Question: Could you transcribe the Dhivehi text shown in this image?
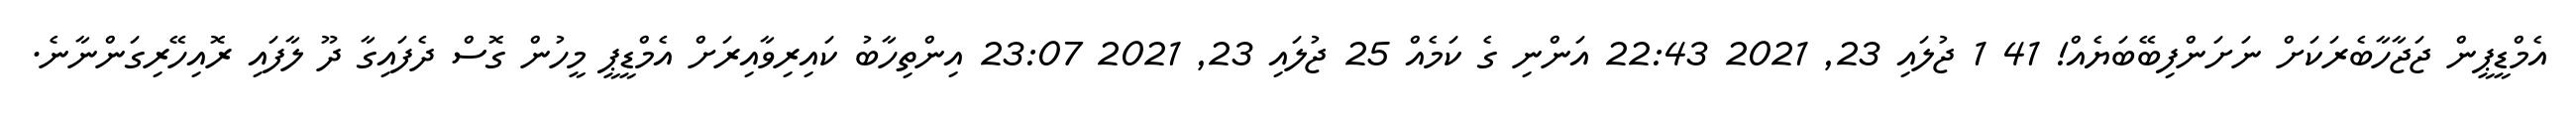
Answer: އެމްޑީޕީން ޖަޖާހާބެރަކަށް ނަށަންފިބޭބަޔެއް! 41 1 ޖުލައި 23, 2021 22:43 އަންނި ގެ ކަމެއް 25 ޖުލައި 23, 2021 23:07 އިންތިހާބު ކައިރިވާއިރަށް އެމްޑީޕީ މީހުން ގޮސް ދެފައިގާ ދޫ ލާފައި ރޮއިހޭރިގަންނާނެ.